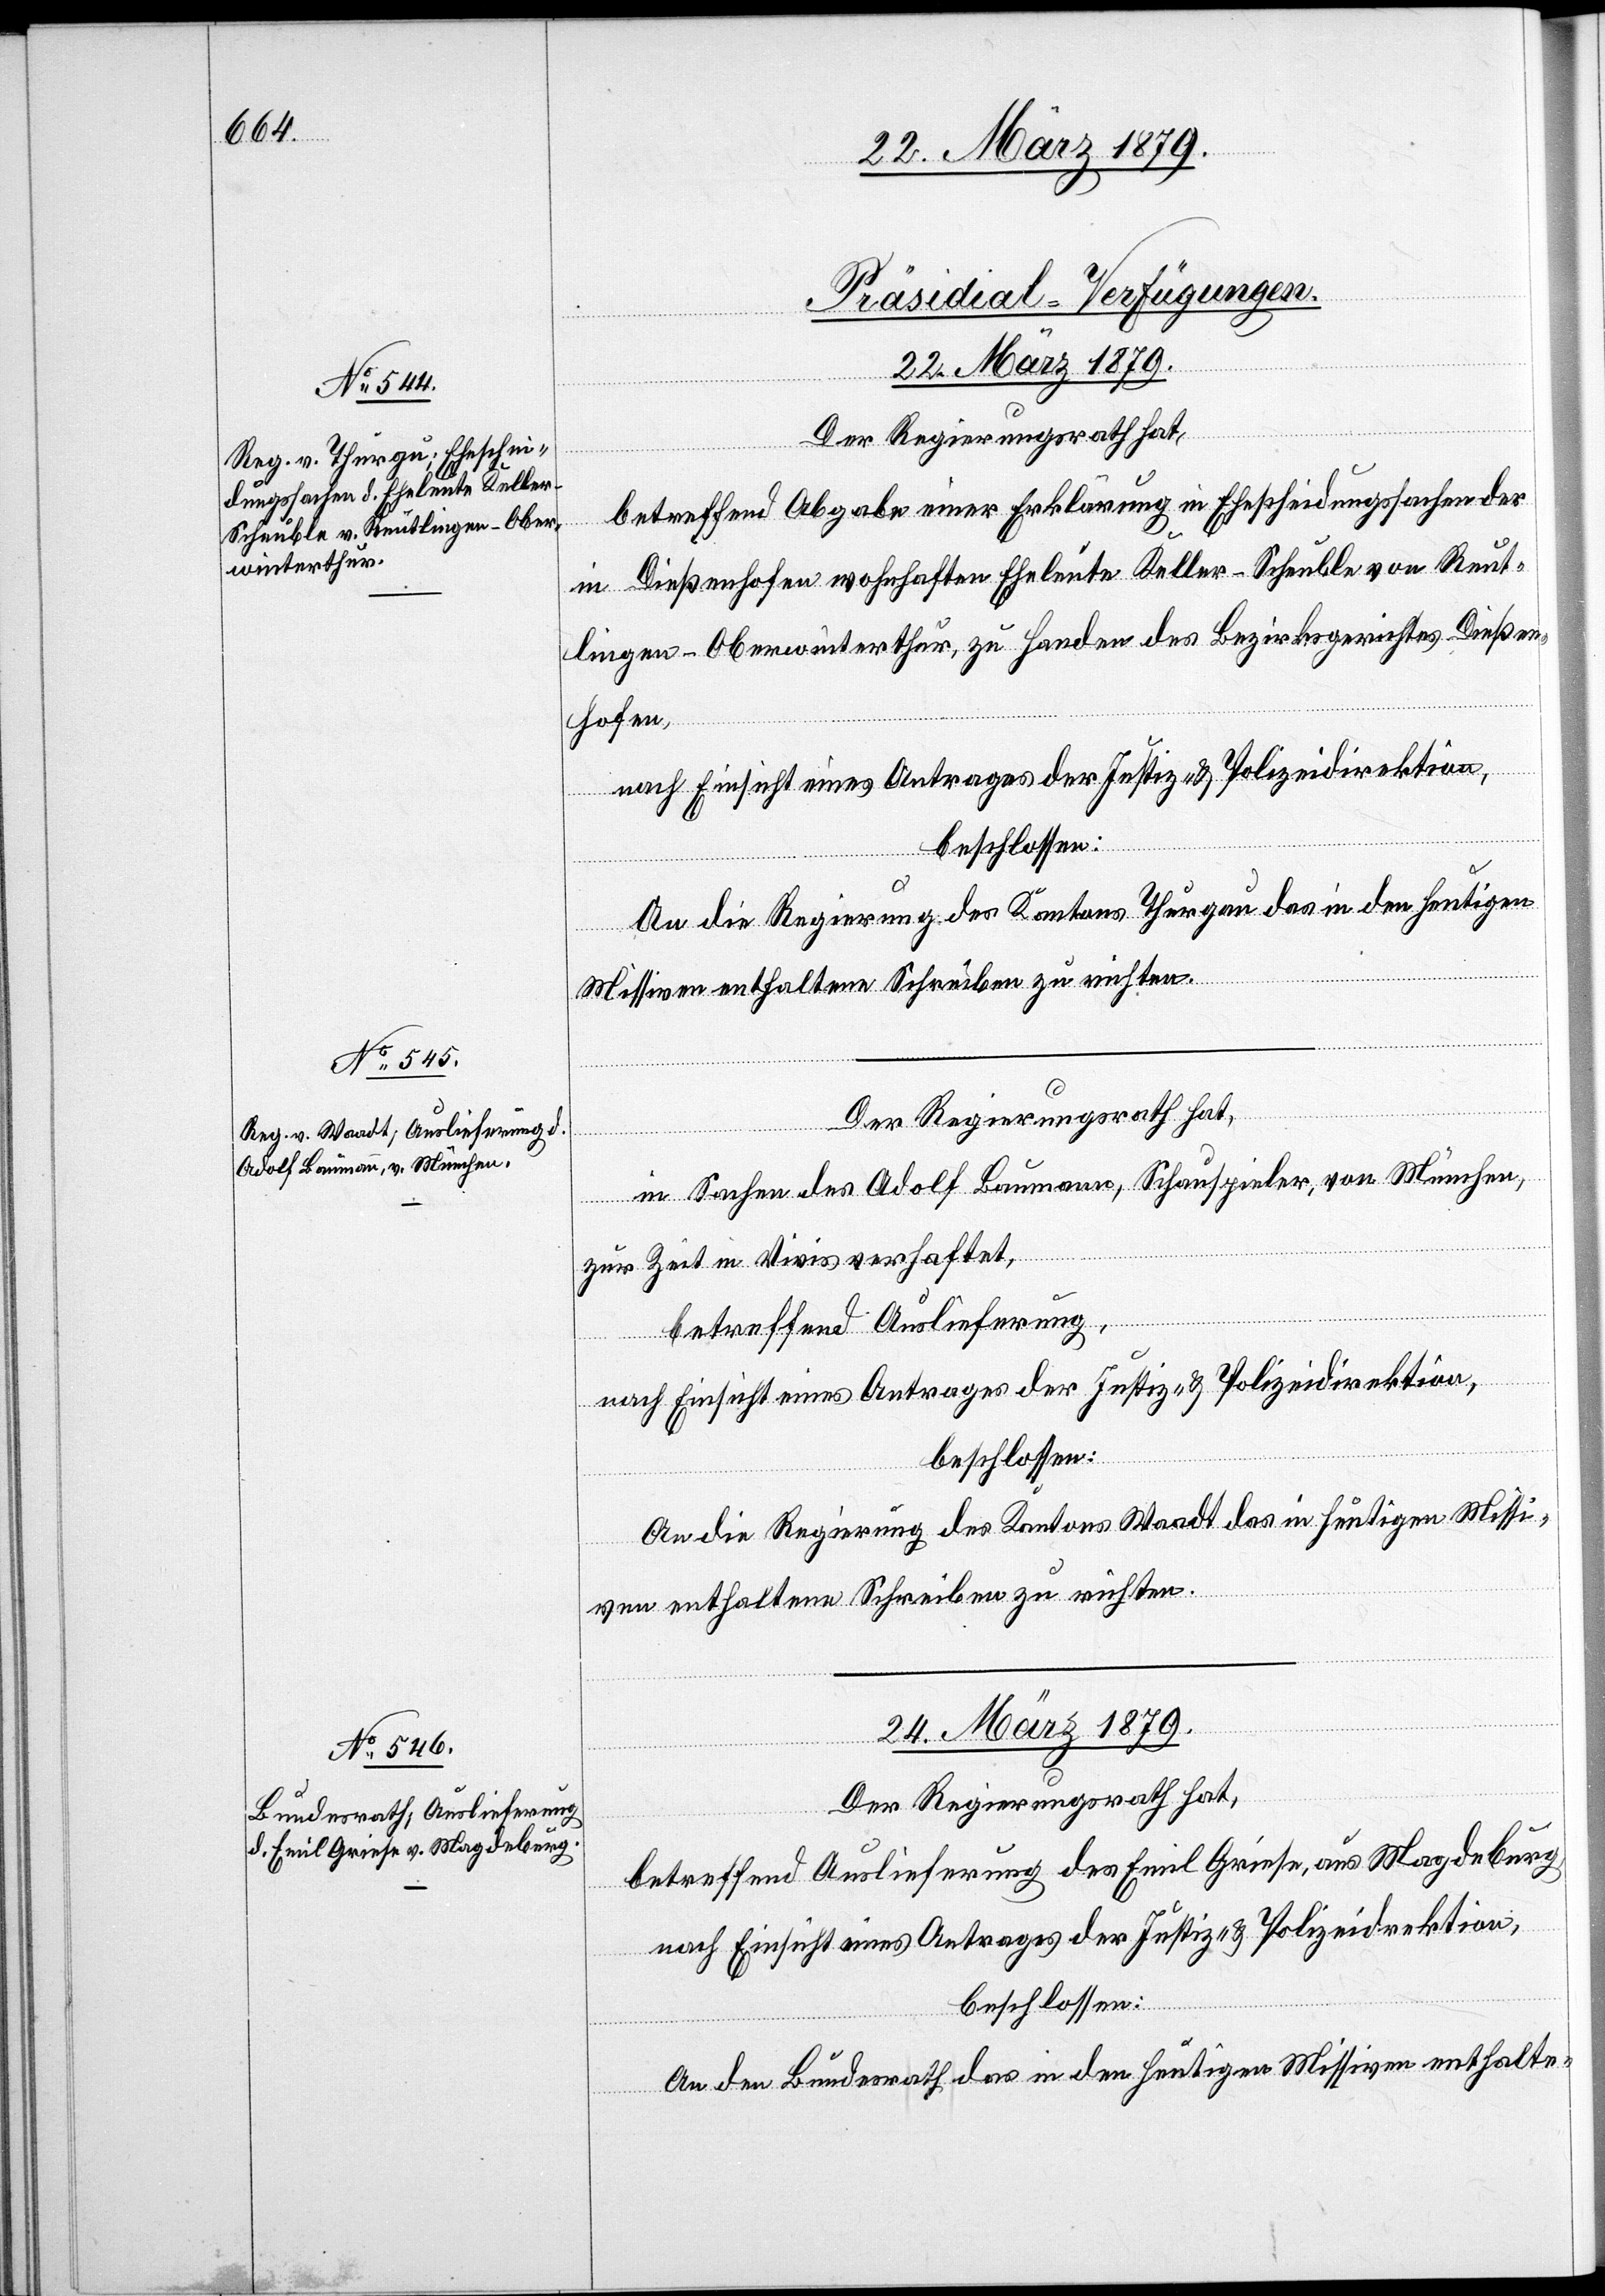
[Präsidial-Verfügungen.]
22. März 1879.]
Der Regierungsrath hat,
betreffend Abgabe einer Erklärung in Ehescheidungssachen der
in Dießenhofen wohnhaften Eheleute Keller-Scheuble von Reut¬
lingen - Oberwinterthur, zu Handen des Bezirksgerichtes Dießen¬
hofen,
nach Einsicht eines Antrages der Justiz- & Polizeidirektion,
beschlossen:
An die Regierung des Kantons Thurgau das in den heutigen
Missiven enthaltene Schreiben zu richten.
in Sachen des Adolf Baumann, Schauspieler, von München,
zur Zeit in Vivis verhaftet,
betreffend Auslieferung,
nach Einsicht eines Antrages der Justiz- & Polizeidirektion,
beschlossen:
An die Regierung des Kantons Waadt das in heutigen Missi¬
ven enthaltene Schreiben zu richten.
24. März 1879.
Der Regierungsrath hat,
betreffend Auslieferung des Emil Griese, aus Magdeburg,
nach Einsicht eines Antrages der Justiz- & Polizeidirektion,
beschlossen:
An den Bundesrath das in den heutigen Missiven enthalte-